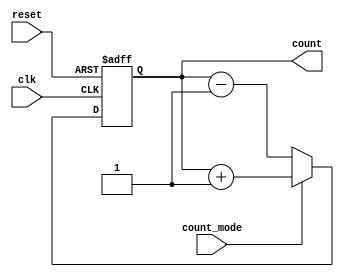
module ChainedParallelCounter (
    input wire clk,          // Clock signal
    input wire reset,        // Asynchronous reset signal
    input wire count_mode,   // Count mode: 1 for up, 0 for down
    output reg [N-1:0] count // N-bit counter output
);
    parameter N = 4; // Number of bits in the counter

    // Chained Configuration
    // This implementation uses a simple up/down counter logic
    always @(posedge clk or posedge reset) begin
        if (reset) begin
            count <= 0; // Reset the counter to 0
        end else begin
            if (count_mode) begin
                // Up counting
                count <= count + 1;
            end else begin
                // Down counting
                count <= count - 1;
            end
        end
    end
endmodule